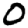
Digit: 0